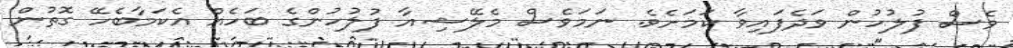
ވެސް ފުލުހުން ވަދެފައިވާ ކަމަށެވެ. ނަމަވެސް މެލޭޝިއާ ފުލުހުންގެ ބަހެއް އެކަމާބެހޭ ގޮތުން